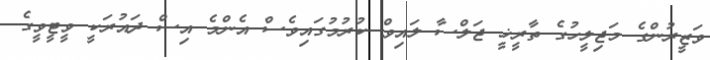
ވަޒީރުންގެ މަޖިލީހުގެ ތާރީޚީ ޖަލްސާ ލައިވް ކުރުމުގައިވެސް އެންމެ އިސް ދައުރަކީ ވީޓީވީގެ